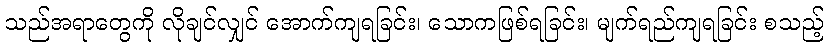
သည်အရာတွေကို လိုချင်လျှင် အောက်ကျရခြင်း၊ သောကဖြစ်ရခြင်း၊ မျက်ရည်ကျရခြင်း စသည့်